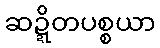
ဆဍ္ဍိတပစ္စယာ